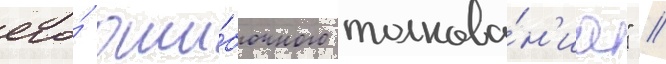
его́ оши́бочного толкова́н'иа" //